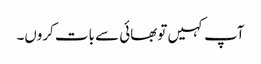
آپ کہیں توبھائی سے بات کروں۔